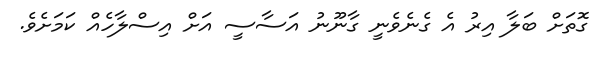
ގޮތަށް ބަލާ އިރު އެ ގެނެވެނީ ގާނޫނު އަސާސީ އަށް އިސްލާހެއް ކަމަށެވެ.